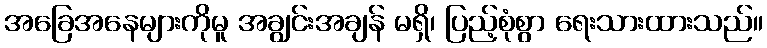
အခြေအနေများကိုမူ အချွင်းအချန် မရှိ၊ ပြည့်စုံစွာ ရေးသားထားသည်။